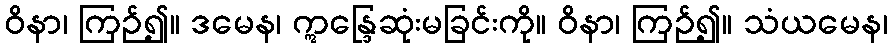
ဝိနာ၊ ကြဉ်၍။ ဒမေန၊ ဣန္ဒြေဆုံးမခြင်းကို။ ဝိနာ၊ ကြဉ်၍။ သံယမေန၊